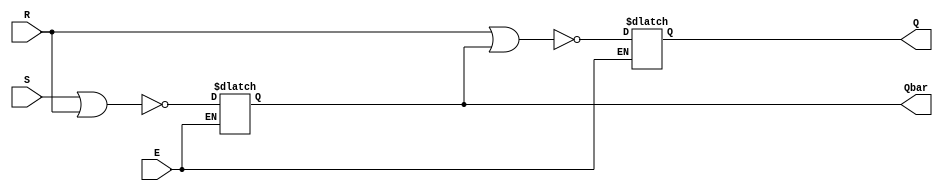
module lab5_1_2(R, S, E,Q,Qbar);
    input wire R,S,E;
    output reg Q,Qbar;
    
    always @ *
    if(E)
        begin
            Q = ~(R | Qbar);
            Qbar = ~(S | R);
        end
    
endmodule